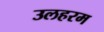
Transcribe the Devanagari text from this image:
उलहरम